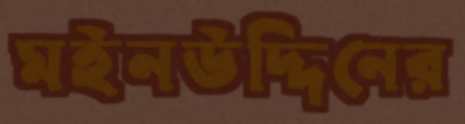
মইনউদ্দিনের